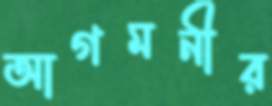
আগমনীর